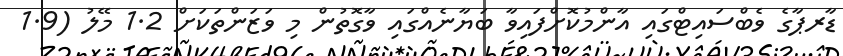
ޑާރޕާގެ ވެބްސައިޓްގައި އާންމުކޮށްފައިވާ ބަޔާނެއްގައި ވާގޮތުން މި ވަޒަންތަކަށް 1.2 މޭލު (1.9